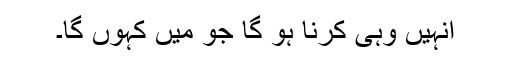
انہیں وہی کرنا ہو گا جو میں کہوں گا۔